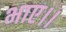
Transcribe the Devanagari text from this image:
भाए।।